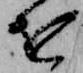
を